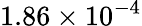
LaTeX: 1.86\times 10^{-4}